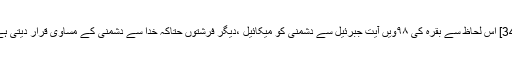
[34] اس لحاظ سے بقرہ کی ۹۸ویں آیت جبرئیل سے دشمنی کو میکائیل ،دیگر فرشتوں حتاکہ خدا سے دشمنی کے مساوی قرار دیتی ہے۔